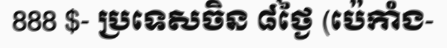
888 $- ប្រទេសចិន ៨ថ្ងៃ (ប៉េកាំង-